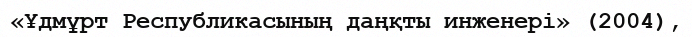
«Ұдмұрт Республикасының даңқты инженері» (2004),